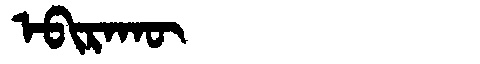
Manchu: ᡝᠪᡳᡵᠠᡴᡡ
Romanization: EBIRAKŪ